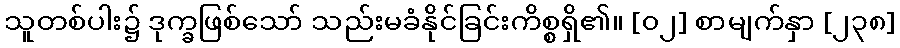
သူတစ်ပါး၌ ဒုက္ခဖြစ်သော် သည်းမခံနိုင်ခြင်းကိစ္စရှိ၏။ [၀၂] စာမျက်နှာ [၂၃၈]